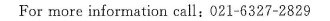
For more information call:O21-6327-2829